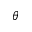
\theta